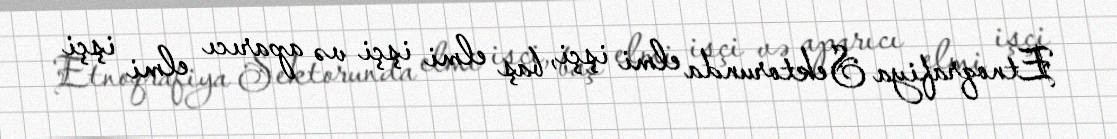
Etnoqrafiya Sektorunda elmi işçi, baş elmi işçi və aparıcı elmi işçi